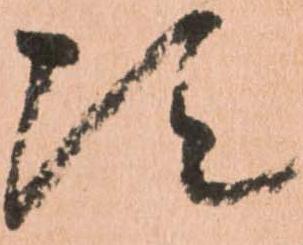
次